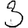
Digit: 3